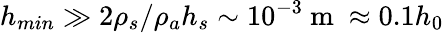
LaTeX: h_{min}\gg 2\rho_{s}/\rho_{a}h_{s}\sim 10^{-3}\mathrm{~m~}\approx 0.1h_{0}